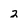
Character: 2